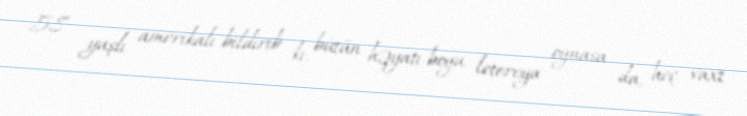
58 yaşlı amerikalı bildirib ki, bütün həyatı boyu lotereya oynasa da, heç vaxt